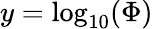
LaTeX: y=\log_{10}(\Phi)